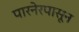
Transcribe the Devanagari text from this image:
पारनेरपासून